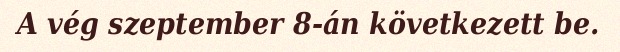
A vég szeptember 8-án következett be.